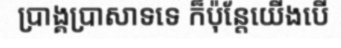
ប្រាង្គប្រាសាទទេ ក៏ប៉ុន្តែយើងបើ